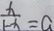
\frac { x } { 1 - x } = a